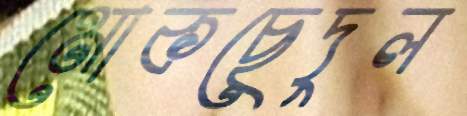
মোকছেদুল